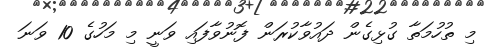
މި ތުހުމަތާ ގުޅިގެން ދައުވާކުރަން ފޮނުވާފައި ވަނީ މި މަހުގެ 10 ވަނަ